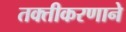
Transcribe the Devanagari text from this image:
तक्तीकरणाने